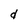
Character: d